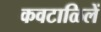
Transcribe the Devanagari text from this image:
कवटाळिलें